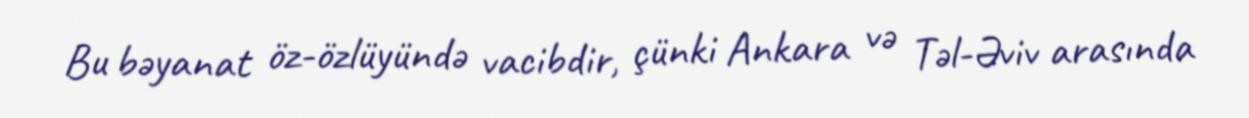
Bu bəyanat öz-özlüyündə vacibdir, çünki Ankara və Təl-Əviv arasında